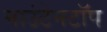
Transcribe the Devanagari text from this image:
माउंटेनटॉप